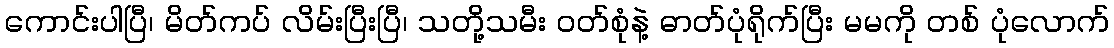
ကောင်းပါပြီ၊ မိတ်ကပ် လိမ်းပြီးပြီ၊ သတို့သမီး ဝတ်စုံနဲ့ ဓာတ်ပုံရိုက်ပြီး မမကို တစ် ပုံလောက်